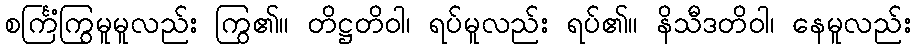
စင်္ကြံကြွမူမူလည်း ကြွ၏။ တိဋ္ဌတိဝါ၊ ရပ်မူလည်း ရပ်၏။ နိသီဒတိဝါ၊ နေမူလည်း